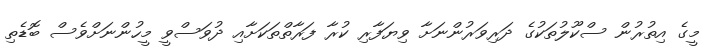
މީގެ އިތުރުން ސްކޫލުތަކުގެ ދަރިވަރުންނަށާ ވިޔަފާރި ކުރާ ފަރާތްތަކަށާއި ދުވަސްވީ މީހުންނަށްވެސް ބޮޑެތި